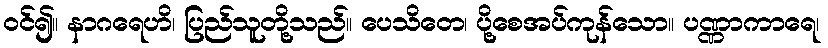
ဝင်၍။ နာဂရေဟိ၊ ပြည်သူတို့သည်။ ပေသိတေ၊ ပို့စေအပ်ကုန်သော။ ပဏ္ဏာကာရေ၊